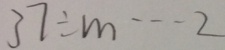
3 7 \div m \cdots 2